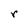
Character: r